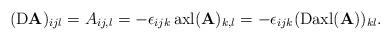
LaTeX: \begin{align*}({\rm D}\mathbf{A})_{ijl}=A_{ij,l}=-\epsilon_{ijk} \, {\rm axl}(\mathbf{A})_{k,l}=-\epsilon_{ijk}({\rm D}{\rm axl}(\mathbf{A}))_{kl}.\end{align*}